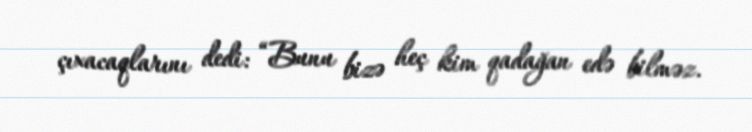
çıxacaqlarını dedi: “Bunu bizə heç kim qadağan edə bilməz.